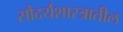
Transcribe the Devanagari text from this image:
सौंदर्यशास्त्रातील